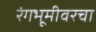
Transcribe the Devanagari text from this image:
रंगभूमीवरचा